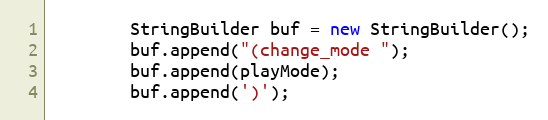
Language: Java
        StringBuilder buf = new StringBuilder();
        buf.append("(change_mode ");
        buf.append(playMode);
        buf.append(')');